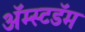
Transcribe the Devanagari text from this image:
अॅम्स्टडॅम